Annual statistical returns and brief notes on vaccination in Bengal - 1896-1909
Year: 1896
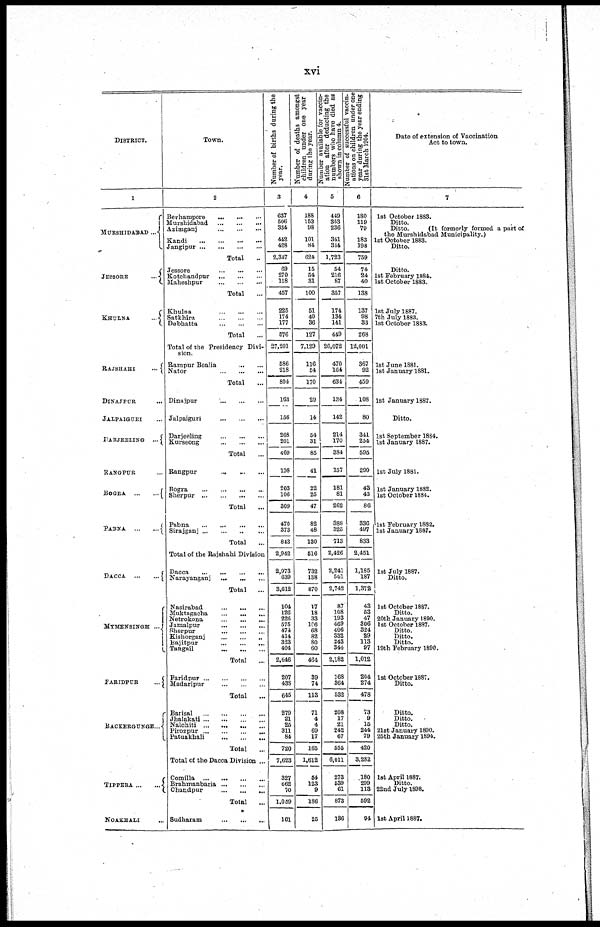
xvi
DISTRICT.
1
MURSHIDABAD ...
JESSORE
...
KHULNA
...
RAJSHAHI
...
DINAJPUR ...
JALPAIGURI ...
DARJEELING ...
RANGPUR ...
BOGRA
...
...
PABNA ... ...
DACCA
...
...
MYMENSINGH
...
FARIDPUR
...
BACKERGUNGE...
TIPPERA ... ...
NOAKHALI
Town.
2
Berhampore
...
...
...
Murshidabad
...
...
...
Azimganj
...
...
...
Kandi
...
...
...
...
Jangipur
...
...
...
...
Total ...
Jessore
...
...
...
Kotchandpur
...
...
...
Maheshpur
...
...
...
Total ...
Khulna
...
...
...
Satkhira
...
...
...
Debhatta
...
...
...
Total ...
Total of the Presidency Divi-
sion.
Rampur Boalia
...
...
Nator
...
...
...
Total ...
Dinajpur
...
...
...
Jalpaiguri
...
...
...
Darjeeling
...
...
...
Kurseong
...
...
...
Total ...
Rangpur
...
Bogra
...
...
...
...
Sherpur
...
...
...
...
Total ...
Pabna
...
...
...
...
Sirajganj
...
...
...
Total ...
Total of the Rajshahi Division
Dacca
...
...
...
...
Narayanganj
...
...
...
Total ...
Nasirabad
...
...
...
Muktagacha
...
...
...
Netrokona
...
...
...
Jamalpur
...
...
...
Sherpur
...
...
...
Kishorganj
...
...
...
Bajitpur
...
...
...
Tangail ... ... ...
Total ...
Faridpur
...
...
...
...
Madaripur
...
...
...
Total ...
Barisal
...
...
...
...
Jhalajati ... ... ... ...
Nalchiti ...
...
...
...
Pirozpur
...
...
...
...
Patuakhali
...
...
...
Total ...
Total of the Dacca Division ...
Comilla
...
...
...
...
Brahmanbaria
...
...
...
Chandpur
...
...
...
Total ...
Sudharam
...
...
...
Number of births during the
year.
3
637
506
334
412
428
2,347
69
270
118
457
225
174
177
576
27,201
586
218
804
163
156
268
201
469
198
203
106
309
470
373
843
2,942
2,973
639
3,612
104
126
226
575
474
414
323
404
2,646
207
438
645
279
21
25
311
84
720
7,623
327
662
70
1,059
161
Number of deaths amongst
children under one year
during the year.
Number available for vaccin-
ation after deducting the
numbers who have died as
shown in column 4.
Number of successful vaccin-
ations on children under one
year during the year ending
31st March 1904.
4
188
153
98
101
84
624
15
54
31
100
51
40
36
127
7,129
116
54
170
20
14
54
31
85
41
22
25
47
82
48
130
516
732
138
870
17
18
33
106
68
82
80
60
464
39
74
113
71
4
4
69
17
165
1,612
54
123
9
186
25
5
449
353
236
341
344
1,723
54
216
87
357
174
134
141
449
20,072
470
164
634
134
142
214
170
384
157
181
81
262
388
325
713
2,426
2,241
501
2,742
87
108
193
469
406 332
243
344
2,182
168
364
532
208
17
21
242
67
555
6,011
273
639
61
873
136
6
180
119
79
183
198
759
74
24
40
138
137
98
33
268
12,001
367
92
459
108
80
341
254
595
290
43
43
86
336
497
833
2,451
1,185
187
1,372
43
53
47
306
324 29
113
97
1,012
204
274
478
73
9
15
244
79
420
3,282
180
299
113
592
94
Date of extension of Vaccination
Act to town.
7
1st October 1883.
Ditto.
Ditto.
(It formerly formed a part of
the Murshidabad Municipality.)
1st October 1888.
Ditto.
Ditto.
1st February 1884.
1st October 1883.
1st July 1887.
7th July 1883.
1st October 1883.
1st June 1881.
1st January 1881.
1st January 1887.
Ditto.
1st September 1884.
1st January 1887.
1st July 1881.
1st January 1882.
1st October 1884.
1st February 1882.
1st January 1887.
1st July 1887.
Ditto.
1st October 1887.
Ditto.
20th January 1890.
1st October 1887.
Ditto.
Ditto.
Ditto.
19th February 1890.
1st October 1887.
Ditto.
Ditto.
Ditto.
Ditto.
21st January 1890.
25th January 1894.
1st April 1887.
Ditto.
22nd July 1898.
1st April 1887.